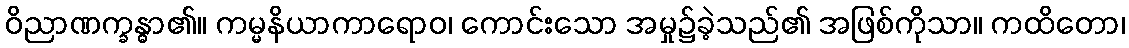
ဝိညာဏက္ခန္ဓာ၏။ ကမ္မနိယာကာရောဝ၊ ကောင်းသော အမှု၌ခဲ့သည်၏ အဖြစ်ကိုသာ။ ကထိတော၊